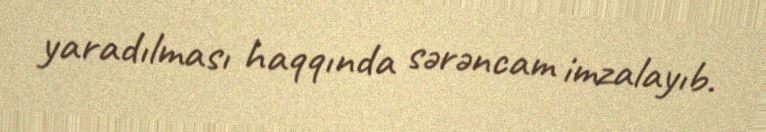
yaradılması haqqında sərəncam imzalayıb.